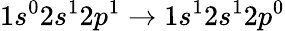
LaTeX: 1s^{0}2s^{1}2p^{1}\rightarrow 1s^{1}2s^{1}2p^{0}